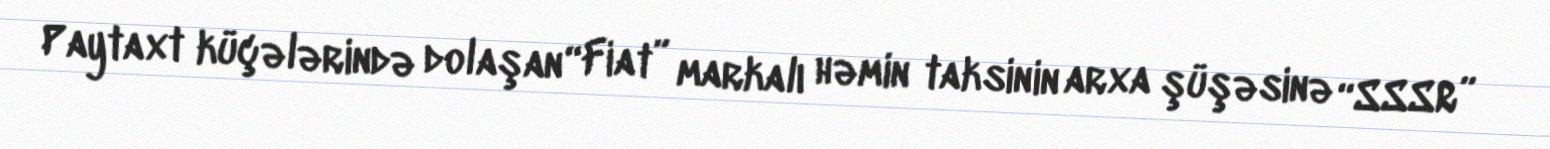
Paytaxt küçələrində dolaşan “Fiat” markalı həmin taksinin arxa şüşəsinə “SSSR”